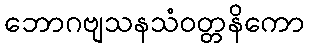
ဘောဂဗျသနသံဝတ္တနိကော